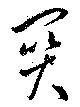
関